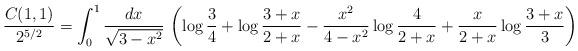
LaTeX: \begin{align*}{C(1,1)\over2^{5/2}}=\int_0^1\frac{dx}{\sqrt{3-x^2}}\,\left(\log\frac34+\log\frac{3+x}{2+x}-\frac{x^2}{4-x^2}\log\frac{4}{2+x}+\frac{x}{2+x}\log\frac{3+x}{3}\right)\end{align*}